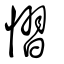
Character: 慴